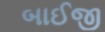
બાઈજી